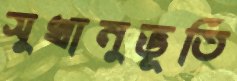
সুখানুভূতি